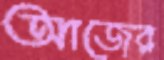
আজের